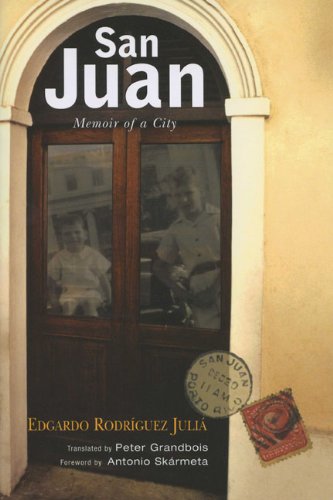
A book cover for San Juan: Memoir of a City (THE AMERICAS); Edgardo Rodriguez Julia; Travel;